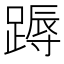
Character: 𨃽